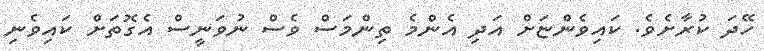
ހޭދަ ކުރާށެވެ. ކައިވެންޏަށް އަދި އެންމެ ތިންމަސް ވެސް ނުވަނީސް އެގޮތަށް ކައިވެނި